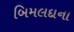
બિમલદાના